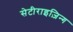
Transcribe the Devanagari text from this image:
सेटीराइज़िन्ग